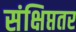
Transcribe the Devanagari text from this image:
संक्षिप्ततर